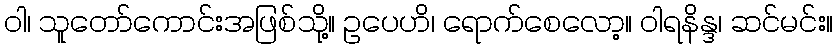
ဝါ၊ သူတော်ကောင်းအဖြစ်သို့။ ဥပေဟိ၊ ရောက်စေလော့။ ဝါရနိန္ဒ၊ ဆင်မင်း။